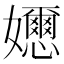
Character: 𡤘